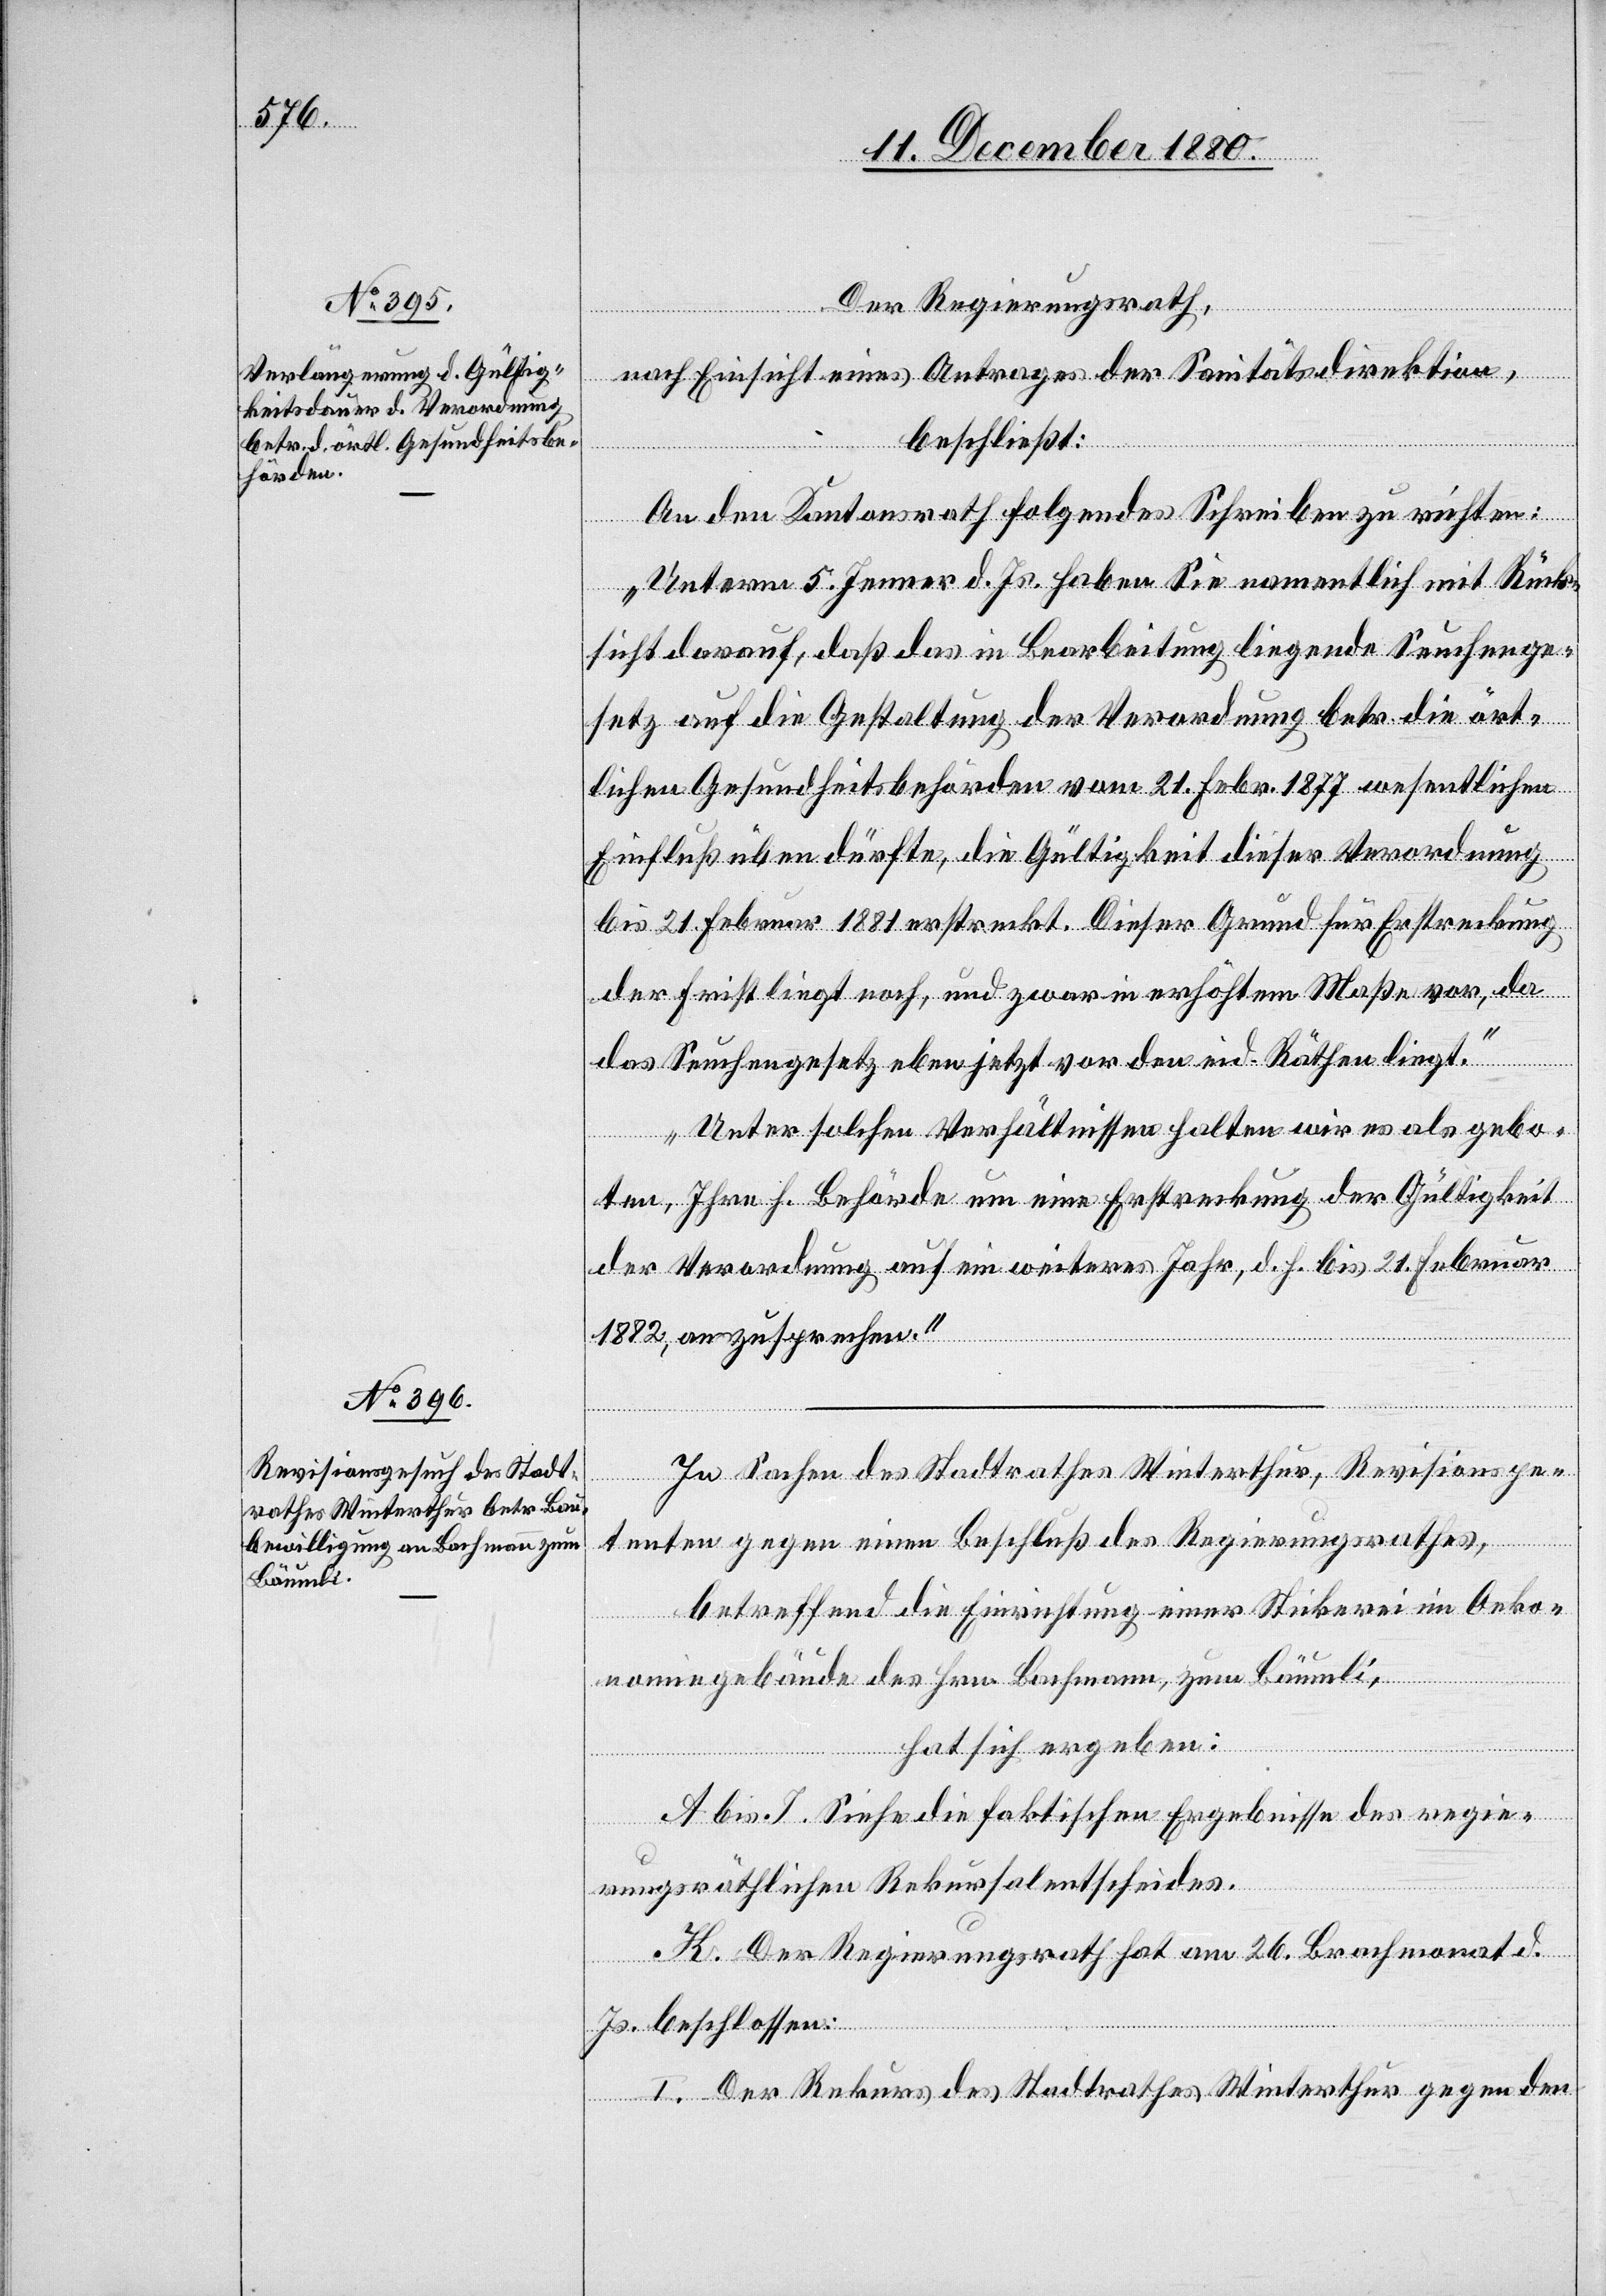
Der Regierungsrath,
nach Einsicht eines Antrages der Sanitätsdirektion,
beschließt:
An den Bundesrath folgendes Schreiben zu richten:
„Unterm 5. Jenner d. Js. haben Sie namentlich mit Rück¬
sicht darauf, daß in Bearbeitung liegende Seuchenge¬
setz auf die Gestaltung der Verordnung betr. die ört¬
lichen Gesundheitsbehörden vom 21. Febr.1877 wesentlichen
Einfluß üben dürfte, die Gültigkeit dieser Verordnung
bis 21. Februar 1881 erstreckt. Dieser Grund für Erstreckung
der Frist liegt noch, und zwar in erhöhtem Maße vor, da
das Seuchengesetz eben jetzt vor den eid. Räthen liegt.
Unter solchen Verhältnissen halten wir es als gebo¬
ten, Ihre h. Behörde um eine Erstreckung der Gültigkeit
der Verordnung auf ein weiteres Jahr, d. h. bis 21. Februar
1882, anzusprechen.“
In Sachen des Stadtrathes Winterthur, Revisionspe¬
tenten gegen einen Beschluß des Regierungsrathes,
betreffend die Einrichtung einer Stickerei im Oeko¬
nomiegebäude des Hrn. Bachmann, zum Bäumli,
hat sich ergeben:
A bis J. Siehe die faktischen Ergebnisse des regie¬
rungsräthlichen Rekursalentscheides.
K. Der Regierungsrath hat am 26. Brachmonat d.
Js. beschlossen:
I. Der Rekurs des Stadtrathes Winterthur gegen den